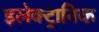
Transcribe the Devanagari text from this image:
इलेक्‍ट्रानिक